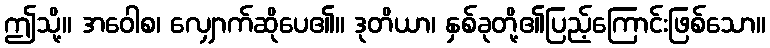
ဤသို့။ အဝေါစ၊ လျှောက်ဆိုပေ၏။ ဒုတိယာ၊ နှစ်ခုတို့၏ပြည့်ကြောင်းဖြစ်သော။